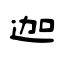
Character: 迦